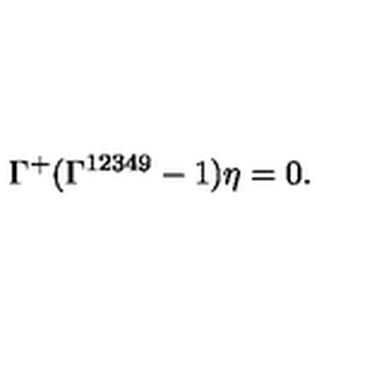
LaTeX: \Gamma ^ { + } ( \Gamma ^ { 1 2 3 4 9 } - 1 ) \eta = 0 .